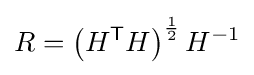
R=\left(H^{\mathsf {T}}H\right)^{\frac {1}{2}}H^{-1}